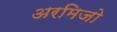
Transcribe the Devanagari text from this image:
अरमिजो